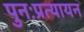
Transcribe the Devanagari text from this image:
पुनःप्रत्यायन